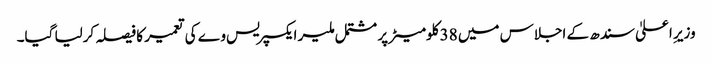
وزیرِ اعلیٰ سندھ کے اجلاس میں 38 کلومیٹر پر مشتمل ملیر ایکسپریس وے کی تعمیر کا فیصلہ کرلیا گیا۔